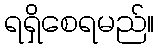
ရရှိစေရမည်။